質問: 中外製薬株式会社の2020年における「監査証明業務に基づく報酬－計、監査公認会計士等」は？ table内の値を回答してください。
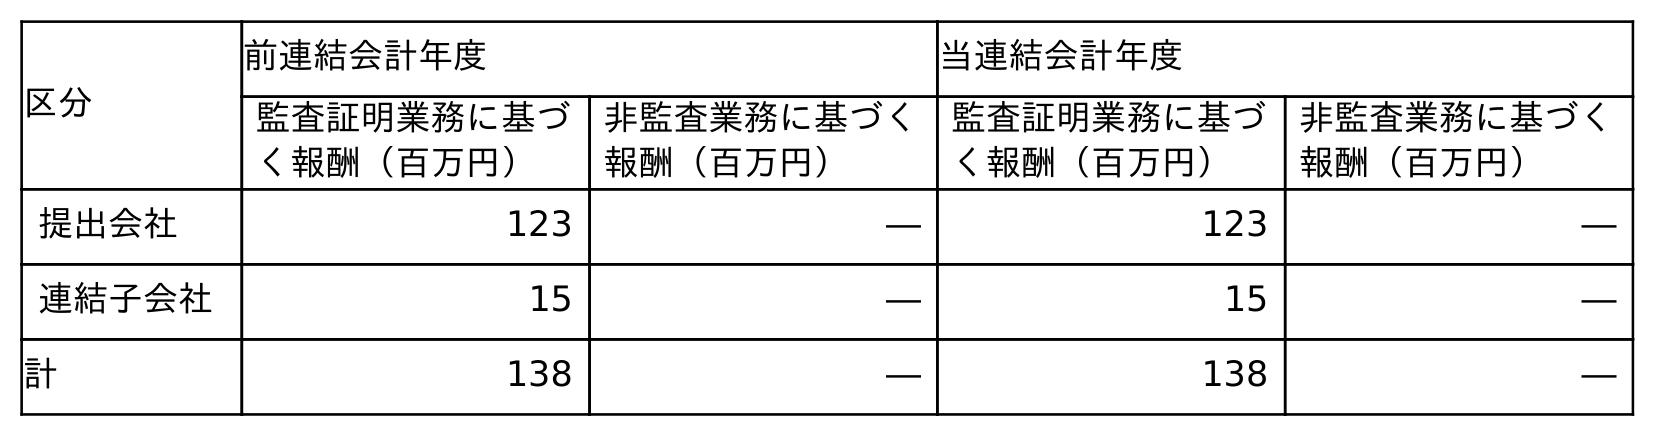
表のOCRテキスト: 区分 前連結会計年度 当連結会計年度 監査証明業務に基づ く報酬（百万円） 非監査業務に基づく 報酬（百万円） 監査証明業務に基づ く報酬（百万円） 非監査業務に基づく 報酬（百万円） 提出会社 123 ― 123 ― 連結子会社 15 ― 15 ― 計 138 ― 138 ―
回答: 138